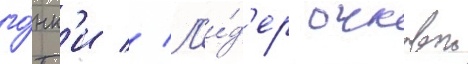
го́нк'и // Л'и́д'ер очковои